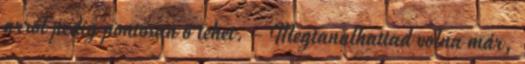
arról pedig pontosan ő tehet. - Megtanulhattad volna már,